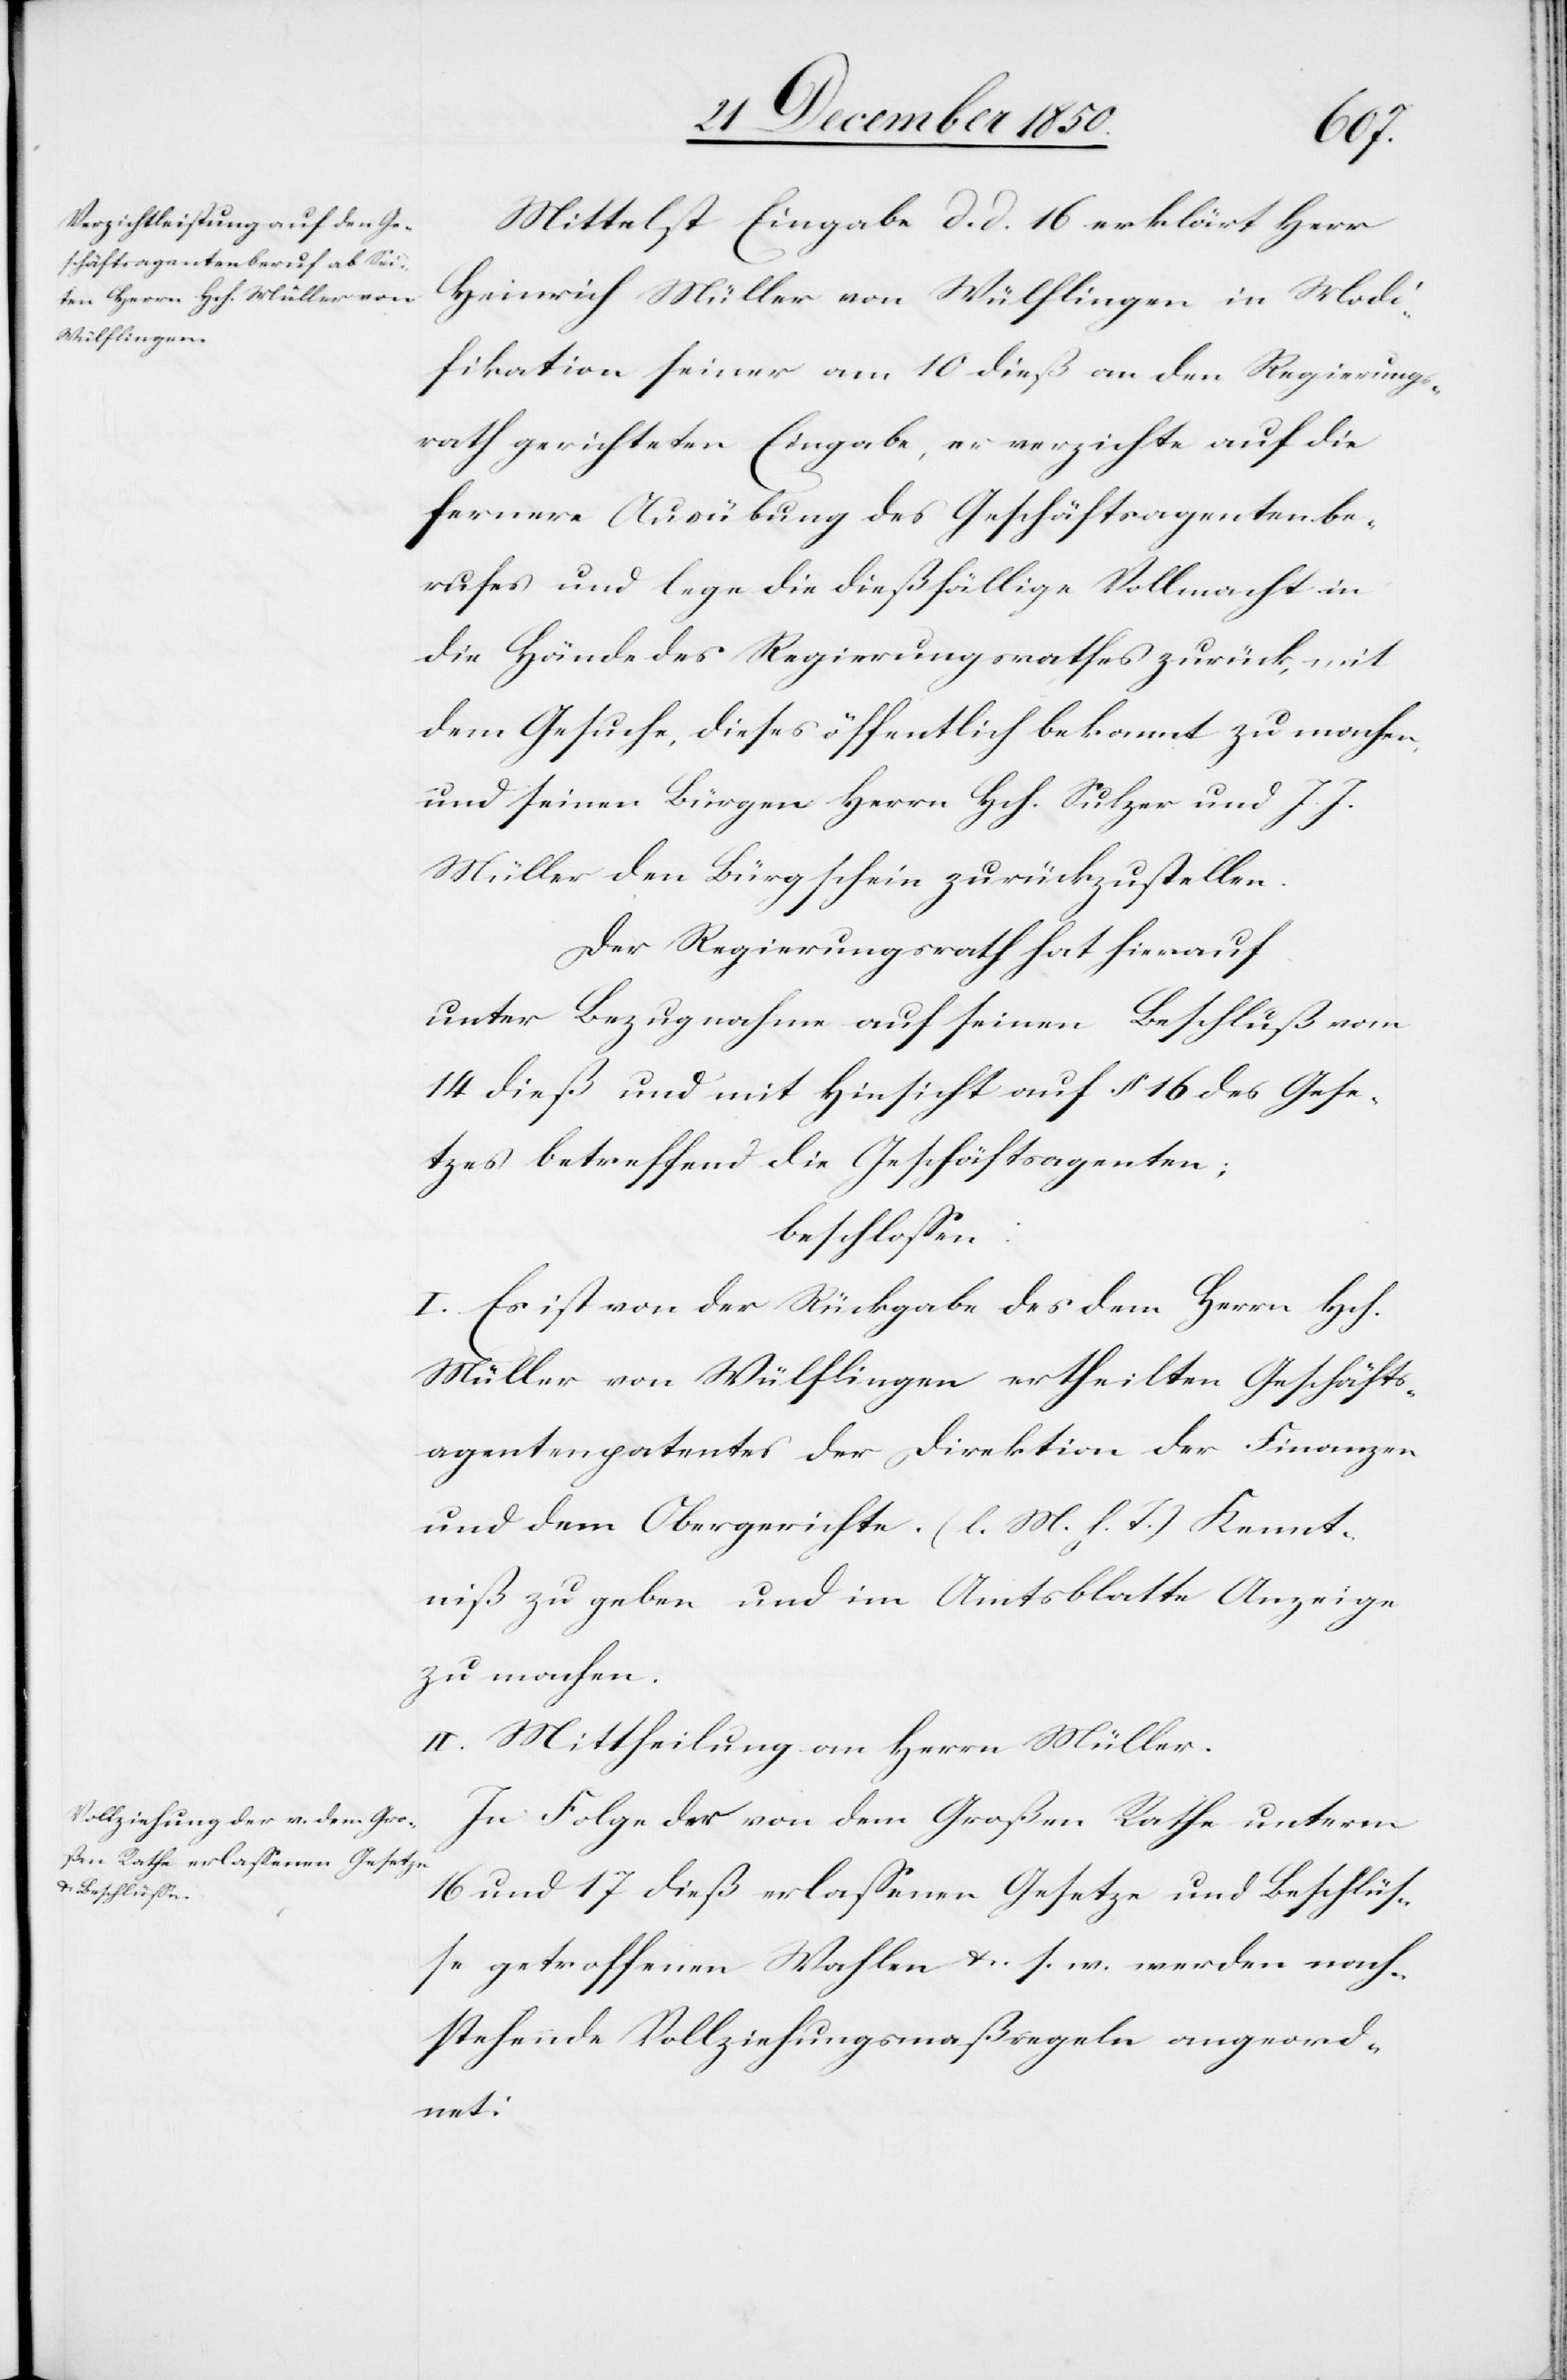
Mittelst Eingabe d. d. 16 erklärt Herr
Heinrich Müller von Wülflingen in Modi¬
fikation seiner am 10 dieß an den Regierungs¬
rath gerichteten Eingabe, er verzichte auf die
fernere Ausübung des Geschäftsagentenbe¬
rufes und lege die dießfällige Vollmacht in
die Hände des Regierungsrathes zurück, mit
dem Gesuche, dieses öffentlich bekannt zu machen
und seinen Bürgen Herrn Hch. Sulzer und J. J.
Müller den Bürgschein zurückzustellen.
Der Regierungsrath hat hierauf
unter Bezugnahme auf seinen Beschluß vom
14 dieß und mit Hinsicht auf § 16 des Gese¬
tzes betreffend die Geschäftsagenten;
beschlossen:
I. Es ist von der Rückgabe des dem Herrn Hch.
Müller von Wülflingen ertheilten Geschäfts¬
agentenpatentes der Direktion der Finanzen
und dem Obergerichte (l. M. h. T.) Kennt¬
niß zu geben und im Amtsblatte Anzeige
zu machen.
II. Mittheilung an Herrn Müller.
In Folge der von dem Großen Rathe unterm
16 und 17 dieß erlassenen Gesetze und Beschlüs¬
se[,] getroffenen Wahlen u. s. w. werden nach¬
stehende Vollziehungsmaßregeln angeord¬
net: